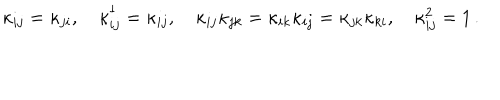
\kappa _ { i j } = \kappa _ { j i } , \quad \kappa _ { i j } ^ { \dagger } = \kappa _ { i j } , \quad \kappa _ { i j } \kappa _ { j k } = \kappa _ { i k } \kappa _ { i j } = \kappa _ { j k } \kappa _ { k i } , \quad \kappa _ { i j } ^ { 2 } = 1 \, .